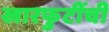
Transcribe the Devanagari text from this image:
खारफुटींची